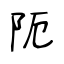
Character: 阨